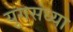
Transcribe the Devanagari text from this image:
युगसंध्या